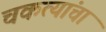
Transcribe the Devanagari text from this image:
चकत्यांचा